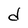
Character: d